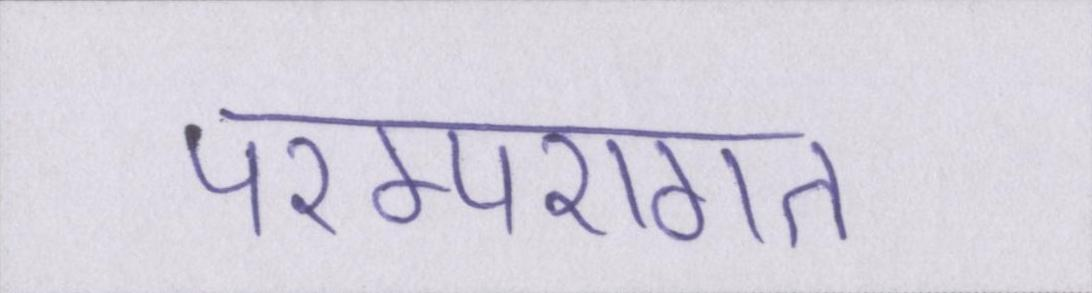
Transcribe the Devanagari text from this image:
परम्परागत